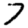
Digit: 7